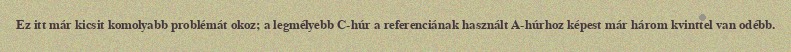
Ez itt már kicsit komolyabb problémát okoz; a legmélyebb C-húr a referenciának használt A-húrhoz képest már három kvinttel van odébb.